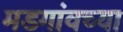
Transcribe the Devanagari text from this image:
मडगांवच्या